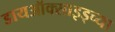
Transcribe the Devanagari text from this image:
डायऑक्साइड्च्या